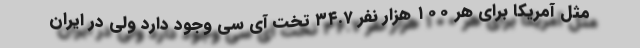
مثل آمریکا برای هر ۱۰۰ هزار نفر ۳۴.۷ تخت آی سی وجود دارد ولی در ایران